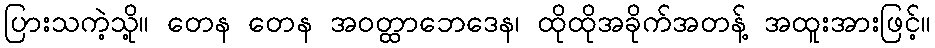
ပြားသကဲ့သို့။ တေန တေန အဝတ္ထာဘေဒေန၊ ထိုထိုအခိုက်အတန့် အထူးအားဖြင့်။